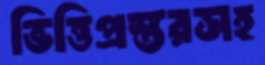
ভিত্তিপ্রস্তরসহ